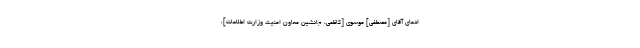
ادعاى آقاى [مصطفی] موسوى [کاظمی، جانشین معاون امنیت وزارت اطلاعات]،